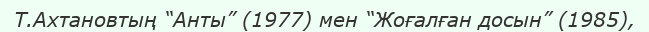
Т.Ахтановтың “Анты” (1977) мен “Жоғалған досын” (1985),